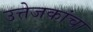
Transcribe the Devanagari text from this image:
उत्तेजकांचा